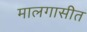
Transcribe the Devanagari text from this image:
मालगासीत